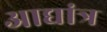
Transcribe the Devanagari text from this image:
आद्यांत्र